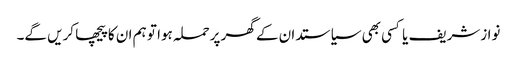
نوازشریف یا کسی بھی سیاستدا ن کے گھر پرحملہ ہوا تو ہم ان کا پیچھا کریں گے۔